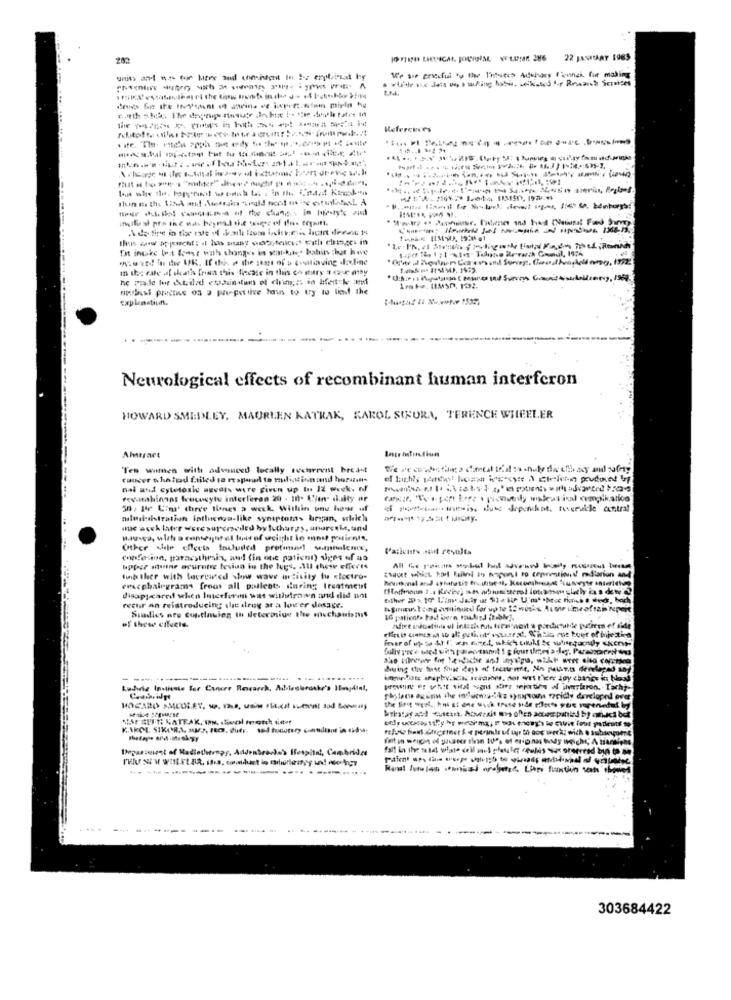
22 JANNARY 1985
a vlite ace des no smoking habi, wik-and -r Rowand Services
We sie precful to the l'watch Adehors Icanch for making
...
References
... .........
Tot intake bot feest with changes in stat-kit. babins ther have
Neurological effects of recombinant human interferon
HOWARD SMEDLEY, MAURLEN KATRAK, KAROL SIKURA, TERENCE WHEELER
Ahusaet
Ten wwhen with advanced locally sccurrent Breast
nai and cytotosig sevdis were given up In IZ week- of
fromahinmat frucosyte inferleren 20 . The t'for dalty ar
56 . Bir Cima three times a week. Within one hour uf
of portions.menin duas dipunkat, rueruble central
milministration influenza-like symptoms began, solich
Other hle cherts tocluded protonul womanlence,
Patients soll results
chefekann, paraesthesis, and! (in one patient) vees of as
upper muine acurotte levian in the bugs. Mul chwy effects
tund ther with tocrewed slow wave activity fu electro-
encabalegrams fenos all pallest. during Ireatment
disappeared when Interferon was withdrawn and did not
recur an reistreducing the drug at a lover dosage.
Siadles are continuing th determine the mechanismus
of these effects.
---------
.....
SAFEEEN NATEAK, PH. Seal moich setet
303684422